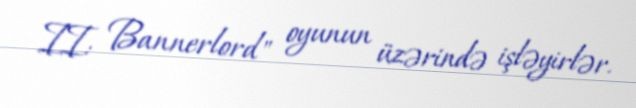
II: Bannerlord" oyunun üzərində işləyirlər.